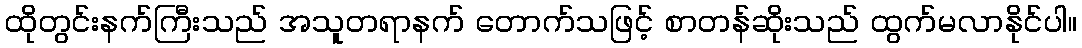
ထိုတွင်းနက်ကြီးသည် အသူတရာနက် တောက်သဖြင့် စာတန်ဆိုးသည် ထွက်မလာနိုင်ပါ။